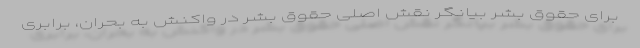
برای حقوق بشر بیانگر نقش اصلی حقوق بشر در واکنش به بحران، برابری